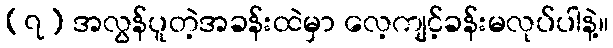
(၇) အလွန်ပူတဲ့အခန်းထဲမှာ လေ့ကျင့်ခန်းမလုပ်ပါနဲ့။